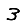
Digit: 3